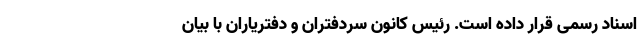
اسناد رسمی قرار داده است. رئیس کانون سردفتران و دفتریاران با بیان